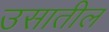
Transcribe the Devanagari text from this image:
उसातील